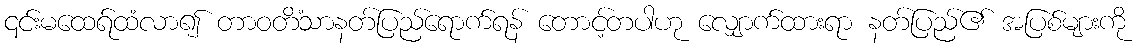
၎င်းမထေရ်ထံလာ၍ တာဝတိံသာနတ်ပြည်ရောက်ရန် တောင့်တပါဟု လျှောက်ထားရာ နတ်ပြည်၏ အပြစ်များကို